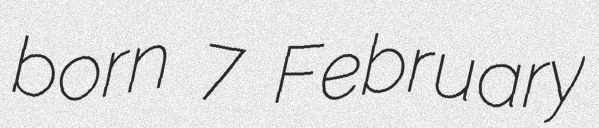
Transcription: born 7 February